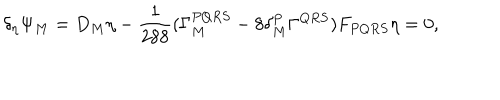
\delta _ { \eta } \Psi _ { M } = D _ { M } \eta - \frac { 1 } { 2 8 8 } ( \Gamma _ { M } ^ { P Q R S } - 8 \delta _ { M } ^ { P } \Gamma ^ { Q R S } ) F _ { P Q R S } \eta = 0 ,